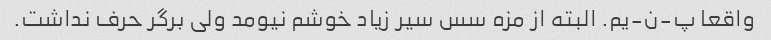
واقعا پ-ن-یم. البته از مزه سس سیر زیاد خوشم نیومد ولی برگر حرف نداشت.